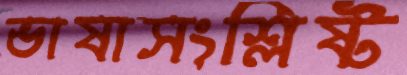
ভাষাসংশ্লিষ্ট